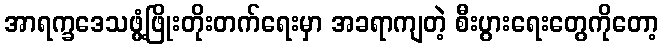
အာရက္ခဒေသဖွံ့ဖြိုးတိုးတက်ရေးမှာ အခရာကျတဲ့ စီးပွားရေးတွေကိုတော့